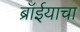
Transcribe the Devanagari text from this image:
ब्रॉईयाचा